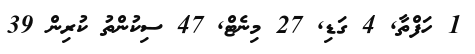
1 ހަފްތާ